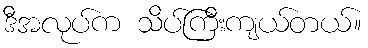
ဒီအလုပ်က သိပ်ကြီးကျယ်တယ်။